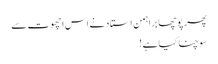
پھر پوچھا براہمن استاد نے اس اچھوت سے
سوچنا کیا ہے !